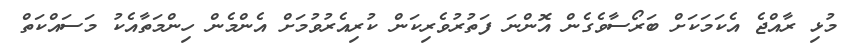
މުޅި ރާއްޖެ އެކަމަކަށް ބަރޯސާވެގެން އޮންނަ ފަތުރުވެރިކަން ކުރިއެރުވުމަށް އެންމެން ހިންމަތާއެކު މަސައްކަތް